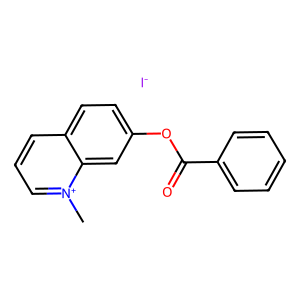
SMILES: C[n+]1cccc2ccc(OC(=O)c3ccccc3)cc21.[I-]
Inhibits HIV replication: No